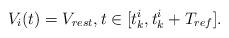
LaTeX: \begin{align*}V_i(t)=V_{rest},t\in[t_k^i,t_k^i+T_{ref}].\end{align*}